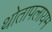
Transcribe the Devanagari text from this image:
थोतापलायम